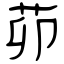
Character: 茆